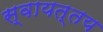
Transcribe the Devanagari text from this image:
स्वायत्तय